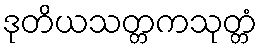
ဒုတိယသတ္တကသုတ္တံ